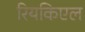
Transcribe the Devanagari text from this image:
रियकिएल